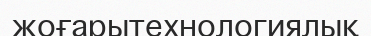
жоғарытехнологиялық